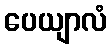
ပေယျာလံ